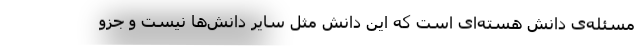
مسئله‌ی دانش هسته‌ای است که این دانش مثل سایر دانش‌ها نیست و جزو